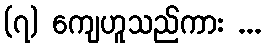
(၇) ကျေဟူသည်ကား ...